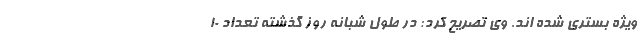
ویژه بستری شده اند. وی تصریح کرد: در طول شبانه روز گذشته تعداد ۱۰